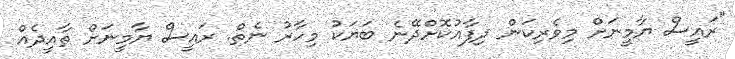
"ރައީސް ޔާމީނަށް މިވެރިކަން ދިފާއުކޮށްދޭނެ ބަޔަކު މިހާރު ނެތް. ރައީސް ޔާމީނަށް ތާއީދެއް